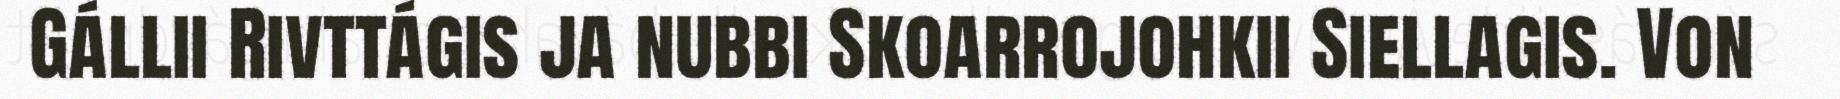
Gállii Rivttágis ja nubbi Skoarrojohkii Siellagis. Von